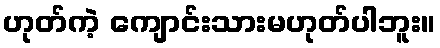
ဟုတ်ကဲ့ ကျောင်းသားမဟုတ်ပါဘူး။